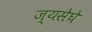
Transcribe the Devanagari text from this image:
ज्यसेघे